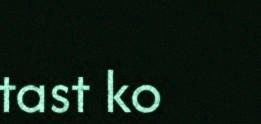
tast ko